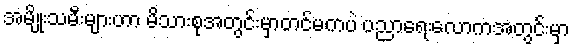
အမျိုးသမီးများဟာ မိသားစုအတွင်းမှာတင်မကပဲ ပညာရေးလောကအတွင်းမှာ